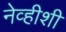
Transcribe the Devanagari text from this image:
नेव्हीशी